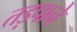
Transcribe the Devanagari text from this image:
तड़पाने